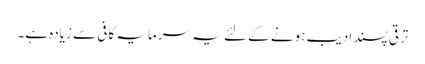
ترقی پسند ادیب ہونے کے لئے یہ سرمایہ کافی سے زیادہ ہے۔